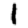
Digit: 1